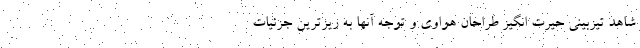
شاهد تیزبینی حیرت انگیز طراحان هواوی و توجه آنها به ریزترین جزئیات